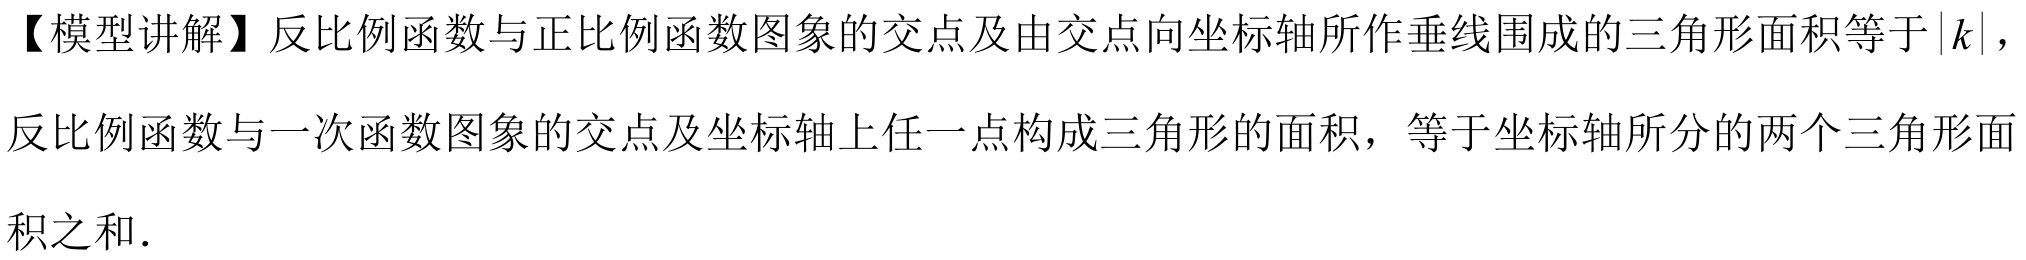
【模型讲解】反比例函数与正比例函数图象的交点及由交点向坐标轴所作垂线围成的三角形面积等于\(\vert k\vert\)，
反比例函数与一次函数图象的交点及坐标轴上任一点构成三角形的面积，等于坐标轴所分的两个三角形面
积之和.